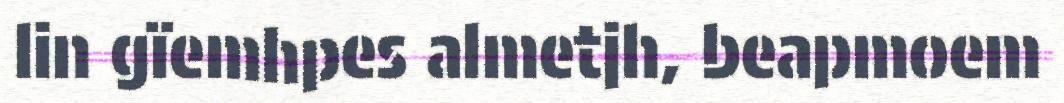
lin gïemhpes almetjh, beapmoem